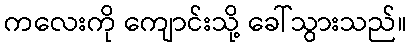
ကလေးကို ကျောင်းသို့ ခေါ်သွားသည်။